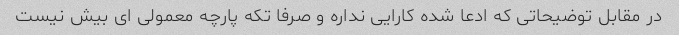
در مقابل توضیحاتی که ادعا شده کارایی نداره و صرفا تکه پارچه معمولی ای بیش نیست